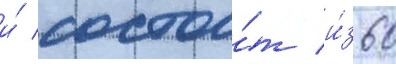
и́ состои́т и́з 60